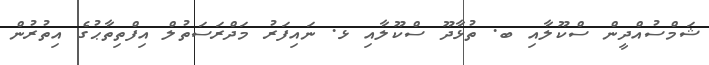
ޝަމްސުއްދީން ސްކޫލާއި ބ. ތުޅާދޫ ސްކޫލާއި ޅ. ނައިފަރު މަދްރަސަތުލް އިފްތިތާޙުގެ އިތުރުން